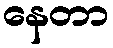
နေတာ